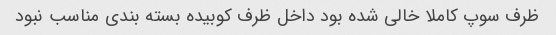
ظرف سوپ کاملا خالی شده بود داخل ظرف کوبیده بسته بندی مناسب نبود